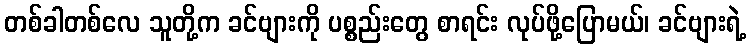
တစ်ခါတစ်လေ သူတို့က ခင်ဗျားကို ပစ္စည်းတွေ စာရင်း လုပ်ဖို့ပြောမယ်၊ ခင်ဗျားရဲ့